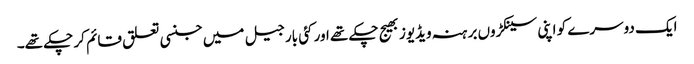
ایک دوسرے کو اپنی سینکڑوں برہنہ ویڈیوز بھیج چکے تھے اور کئی بار جیل میں جنسی تعلق قائم کر چکے تھے۔